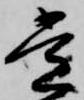
常